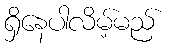
ရှိနေပါလိမ့်မည်